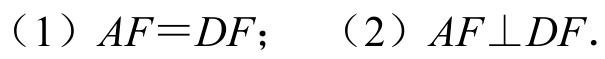
（1）\(AF = DF\)； （2）\(AF\perp DF\).